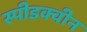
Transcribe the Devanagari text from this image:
स्पीडक्वीन